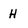
Character: H